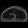
Digit: ၈